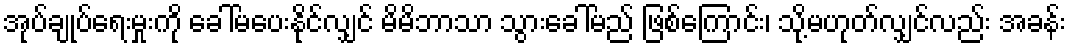
အုပ်ချုပ်ရေးမှုးကို ခေါ်မပေးနိုင်လျှင် မိမိဘာသာ သွားခေါ်မည် ဖြစ်ကြောင်း၊ သို့မဟုတ်လျှင်လည်း အခန်း